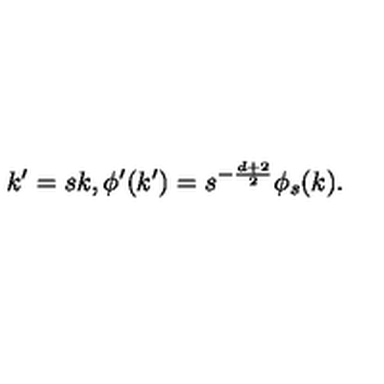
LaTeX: k ^ { \prime } = s k , \phi ^ { \prime } ( k ^ { \prime } ) = s ^ { - \frac { d + 2 } { 2 } } \phi _ { s } ( k ) .